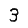
Digit: 3